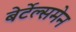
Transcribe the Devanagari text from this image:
बेर्टेल्समेन